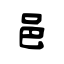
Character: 邑